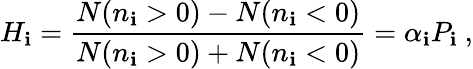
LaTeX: H_{\mathbf{i}}={\frac{{N(n_{\mathbf{i}}>0)-N(n_{\mathbf{i}}<0)}}{{N(n_{\mathbf{i}}>0)+N(n_{\mathbf{i}}<0)}}}=\alpha_{\mathbf{i}}P_{\mathbf{i}}\ ,